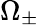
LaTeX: \Omega_{\pm}